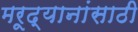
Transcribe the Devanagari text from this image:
मरूद्यानांसाठी